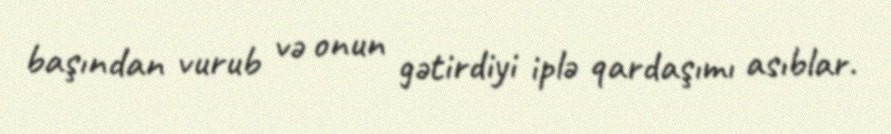
başından vurub və onun gətirdiyi iplə qardaşımı asıblar.